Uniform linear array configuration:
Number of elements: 12
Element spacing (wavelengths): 0.5
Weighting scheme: blackman
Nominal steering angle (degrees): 15
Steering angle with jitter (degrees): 15.632
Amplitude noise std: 0.05
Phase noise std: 0.05

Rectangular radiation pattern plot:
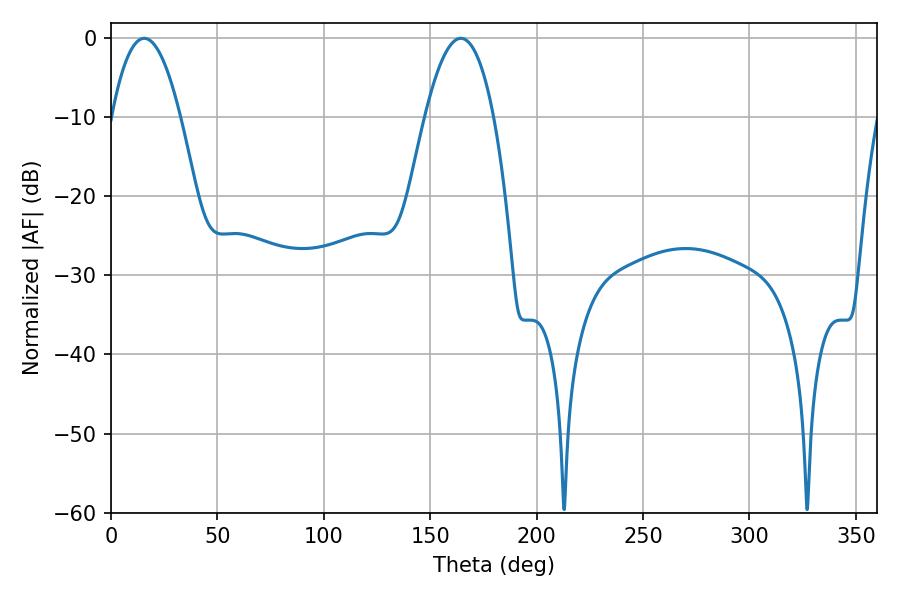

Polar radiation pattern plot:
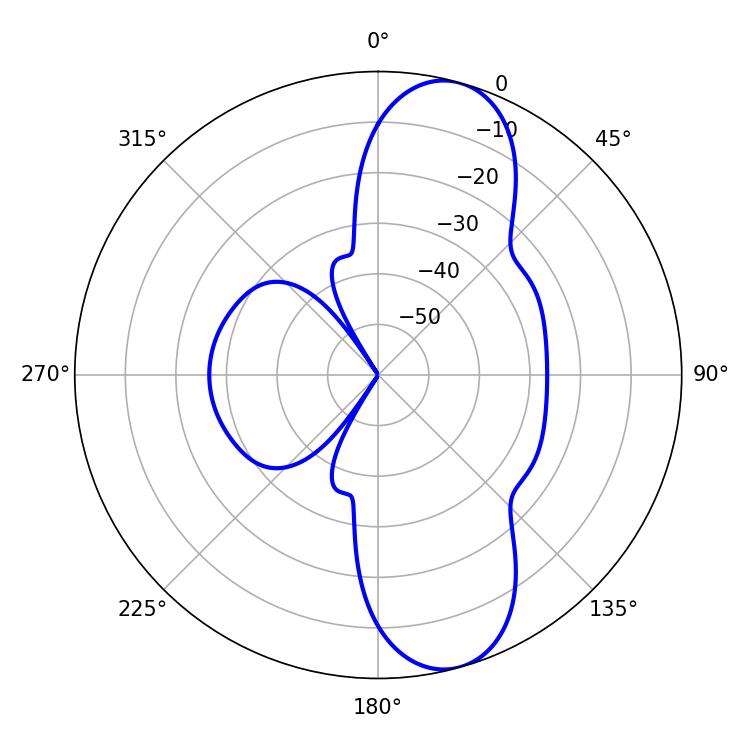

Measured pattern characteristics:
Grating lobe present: FALSE
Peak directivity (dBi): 10.309
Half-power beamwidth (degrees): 17.82
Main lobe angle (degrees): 15.66